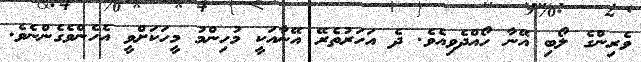
ވެރިންގެ ލޯބި އޭނާ ހޯއްދެވިއެވެ. ދެ އަހަރުތެރޭ އޭނާއަކީ މުހިންމު މީހަކަށްވީ އެެހެންވެގެންނެވެ.